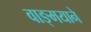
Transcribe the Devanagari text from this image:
वाङ्मयाने